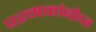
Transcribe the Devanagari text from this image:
परमकांबोज